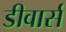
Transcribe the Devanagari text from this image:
डीवार्स